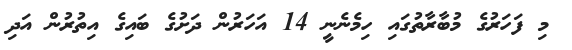
މި ފަހަރުގެ މުބާރާތުގައި ހިމެނެނީ 14 އަހަރުން ދަށުގެ ބައިގެ އިތުރުން އަދި